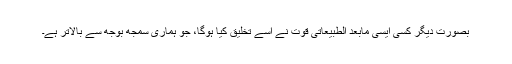
بصورتِ دیگر کسی ایسی مابعد الطبیعاتی قوت نے اسے تخلیق کیا ہوگا، جو ہماری سمجھ بوجھ سے بالاتر ہے۔